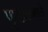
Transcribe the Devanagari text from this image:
पृष्टभागाचे